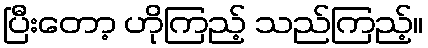
ပြီးတော့ ဟိုကြည့် သည်ကြည့်။